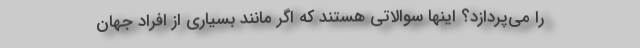
را می‌پردازد؟ اینها سوالاتی هستند که اگر مانند بسیاری از افراد جهان